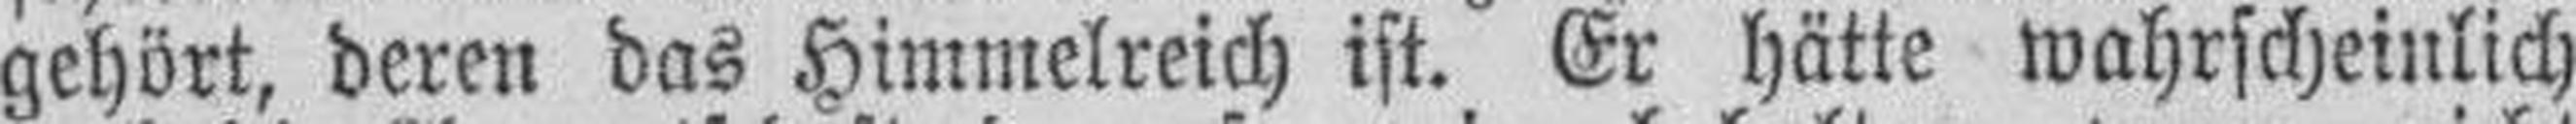
gehört, deren das Himmelreich ist. Er hätte wahrscheinlich